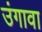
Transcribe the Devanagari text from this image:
उंगावा